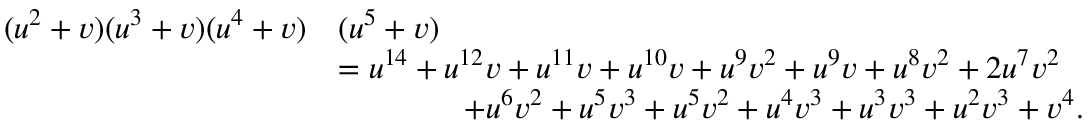
\begin{array} { r l } { ( u ^ { 2 } + v ) ( u ^ { 3 } + v ) ( u ^ { 4 } + v ) } & { ( u ^ { 5 } + v ) } \\ & { = u ^ { 1 4 } + u ^ { 1 2 } v + u ^ { 1 1 } v + u ^ { 1 0 } v + u ^ { 9 } v ^ { 2 } + u ^ { 9 } v + u ^ { 8 } v ^ { 2 } + 2 u ^ { 7 } v ^ { 2 } } \\ & { \qquad \qquad + u ^ { 6 } v ^ { 2 } + u ^ { 5 } v ^ { 3 } + u ^ { 5 } v ^ { 2 } + u ^ { 4 } v ^ { 3 } + u ^ { 3 } v ^ { 3 } + u ^ { 2 } v ^ { 3 } + v ^ { 4 } . } \end{array}